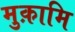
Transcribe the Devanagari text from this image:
मुक़ामि